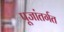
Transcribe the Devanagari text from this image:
पूजांतर्गत